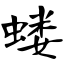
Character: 蝼